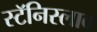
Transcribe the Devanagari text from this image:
स्टॅनिस्लाव